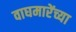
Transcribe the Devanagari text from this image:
वाघमारेंच्या